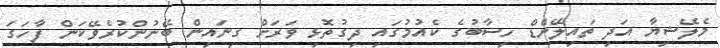
މެލޭޝިޔާ އަދި ތައިލޭންޑް ހިސާބުގެ ކެއުމުގައި ދިގުތޮޅި ވަރަށް ގިނައިން ބޭނުންކުރެވޭކަން ފާހަގަ